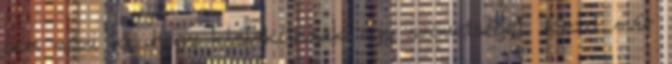
sem nézi ki, hogy kialakítanak egy szövetséget. Kezd már